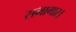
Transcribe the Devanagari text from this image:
सभागार।